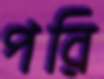
পরি